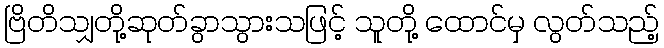
ဗြိတိသျှတို့ဆုတ်ခွာသွားသဖြင့် သူတို့ ထောင်မှ လွတ်သည့်